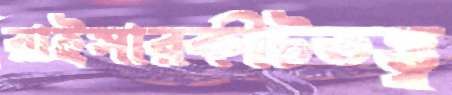
রাইসারকীটতত্ত্ব